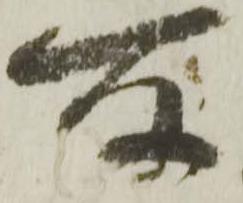
所